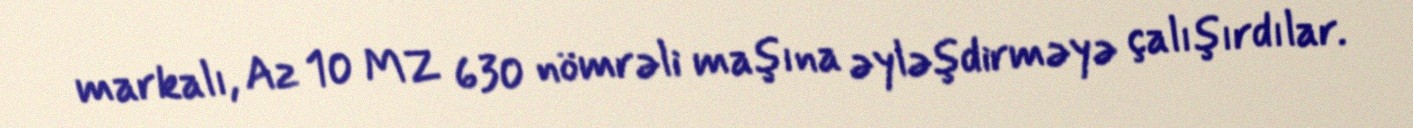
markalı, Az 10 MZ 630 nömrəli maşına əyləşdirməyə çalışırdılar.